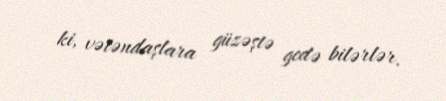
ki, vətəndaşlara güzəştə gedə bilərlər.